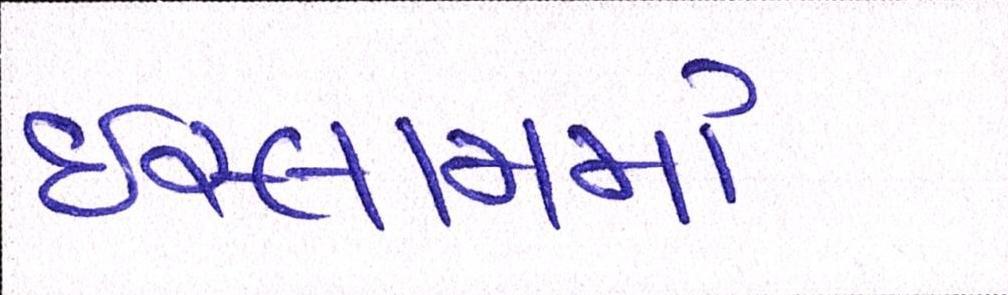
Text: ઇસ્લામમાં